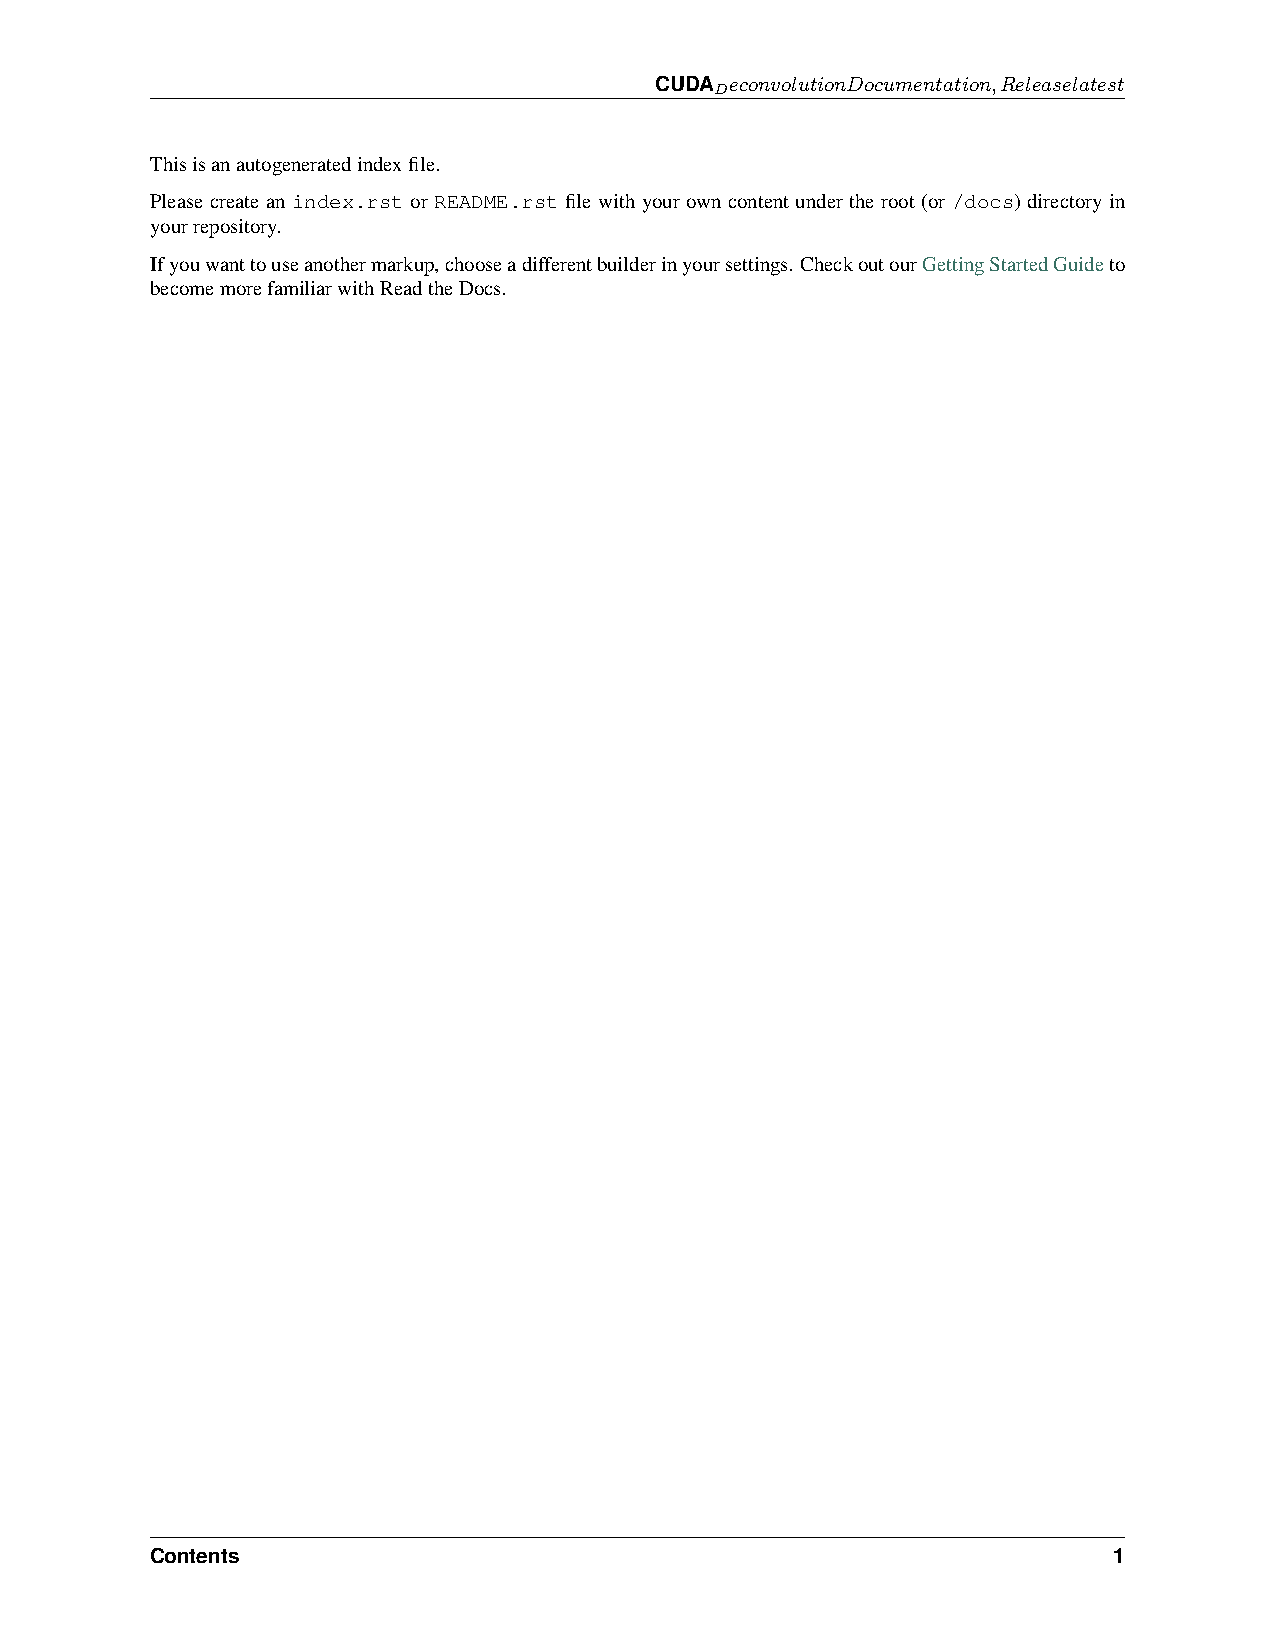
CUDA 𝑒𝑐𝑜𝑛𝑣𝑜𝑙𝑢𝑡𝑖𝑜𝑛𝐷𝑜𝑐𝑢𝑚𝑒𝑛𝑡𝑎𝑡𝑖𝑜𝑛,𝑅𝑒𝑙𝑒𝑎𝑠𝑒𝑙𝑎𝑡𝑒𝑠𝑡
 𝐷
 Thisisanautogeneratedindexfile.
 Please create an index.rst or README.rst file with your own content under the root (or /docs) directory in
 yourrepository.
 Ifyouwanttouseanothermarkup,chooseadifferentbuilderinyoursettings. CheckoutourGettingStartedGuideto
 becomemorefamiliarwithReadtheDocs.
 Contents                                                        1